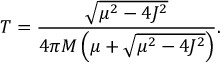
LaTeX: T = \frac { \sqrt { \mu ^ { 2 } - 4 J ^ { 2 } } } { 4 \pi M \left( \mu + \sqrt { \mu ^ { 2 } - 4 J ^ { 2 } } \right) } .